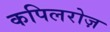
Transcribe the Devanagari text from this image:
कपिलरोज़